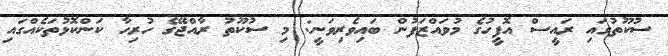
ސުކޫތުގައި ރައީސް އޮފީހުގެ މުވައްޒަފުން ބައިވެރިވަނީ: މި ސުކޫތު ރާއްޖޭގެ ހުރިހާ ކަންކޮޅުތަކެއްގައި